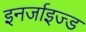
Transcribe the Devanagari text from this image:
इनर्जाइज्ड